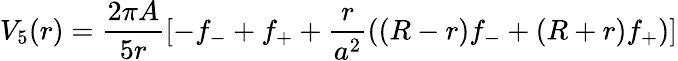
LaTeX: V_{5}(r)=\frac{2\pi A}{5r}[-f_{-}+f_{+}+\frac{r}{a^{2}}((R-r)f_{-}+(R+r)f_{+})]